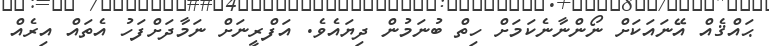
ޙައްޤެއް އޭނައަކަށް ނޯންނާނެކަމަށް ހިތް ބުނަމުން ދިޔައެވެ. އަފްރީނަށް ނަމާދަށްފަހު އެތައް އިރެއް